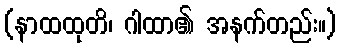
(နာထထုတိ၊ ဂါထာ၏ အနက်တည်း။)